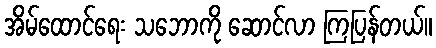
အိမ်ထောင်ရေး သဘောကို ဆောင်လာ ကြပြန်တယ်။